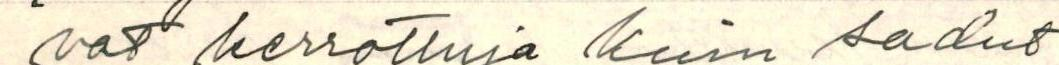
vat kerrottuja kuin sadut